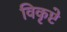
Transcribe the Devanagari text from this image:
विकृष्टे